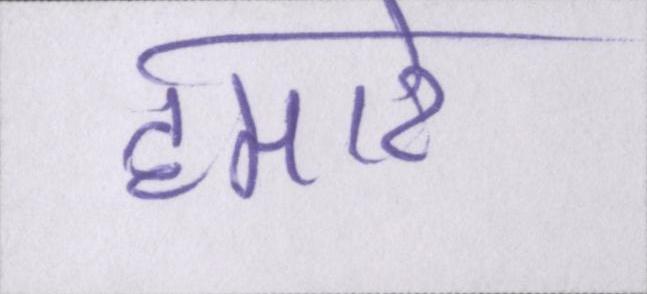
हमारे